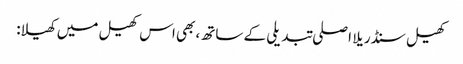
کھیل سنڈریلا اصلی تبدیلی کے ساتھ، بھی اس کھیل میں کھیلا: